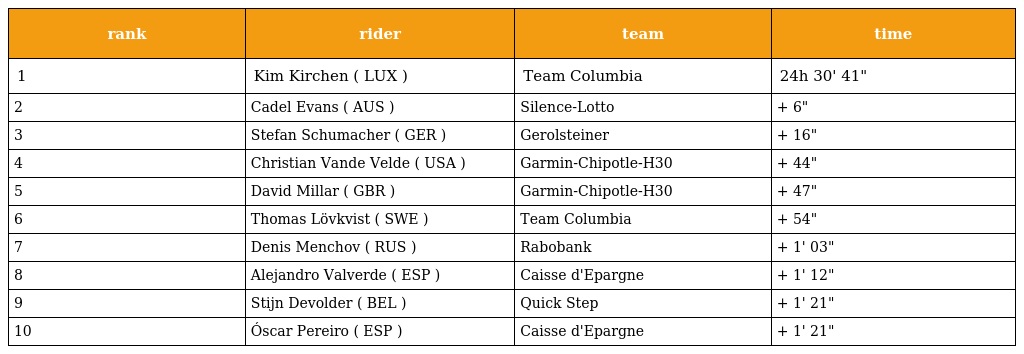
| rank | rider | team | time |
 | --- | --- | --- | --- |
 | 1 | Kim Kirchen ( LUX ) | Team Columbia | 24h 30' 41" |
 | 2 | Cadel Evans ( AUS ) | Silence-Lotto | + 6" |
 | 3 | Stefan Schumacher ( GER ) | Gerolsteiner | + 16" |
 | 4 | Christian Vande Velde ( USA ) | Garmin-Chipotle-H30 | + 44" |
 | 5 | David Millar ( GBR ) | Garmin-Chipotle-H30 | + 47" |
 | 6 | Thomas Lövkvist ( SWE ) | Team Columbia | + 54" |
 | 7 | Denis Menchov ( RUS ) | Rabobank | + 1' 03" |
 | 8 | Alejandro Valverde ( ESP ) | Caisse d'Epargne | + 1' 12" |
 | 9 | Stijn Devolder ( BEL ) | Quick Step | + 1' 21" |
 | 10 | Óscar Pereiro ( ESP ) | Caisse d'Epargne | + 1' 21" |